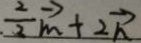
\frac { 2 } { 2 } \overrightarrow { m } + 2 \overrightarrow { n }